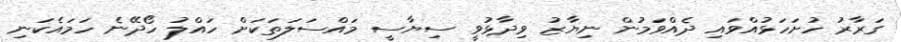
ގަރާރު ހުށަހަޅުއްވައި ދެއްވަމުން ނިޔާޒު ވިދާޅުވީ ސިޔާސީ މައްސަލަތަކަށް ހައްލު ހޯދޭނެ ހަމައެކަނި